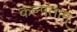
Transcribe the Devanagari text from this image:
कल्पताम्